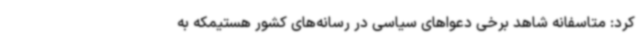
کرد: متاسفانه شاهد برخی دعواهای سیاسی در رسانه‌های کشور هستیمکه به